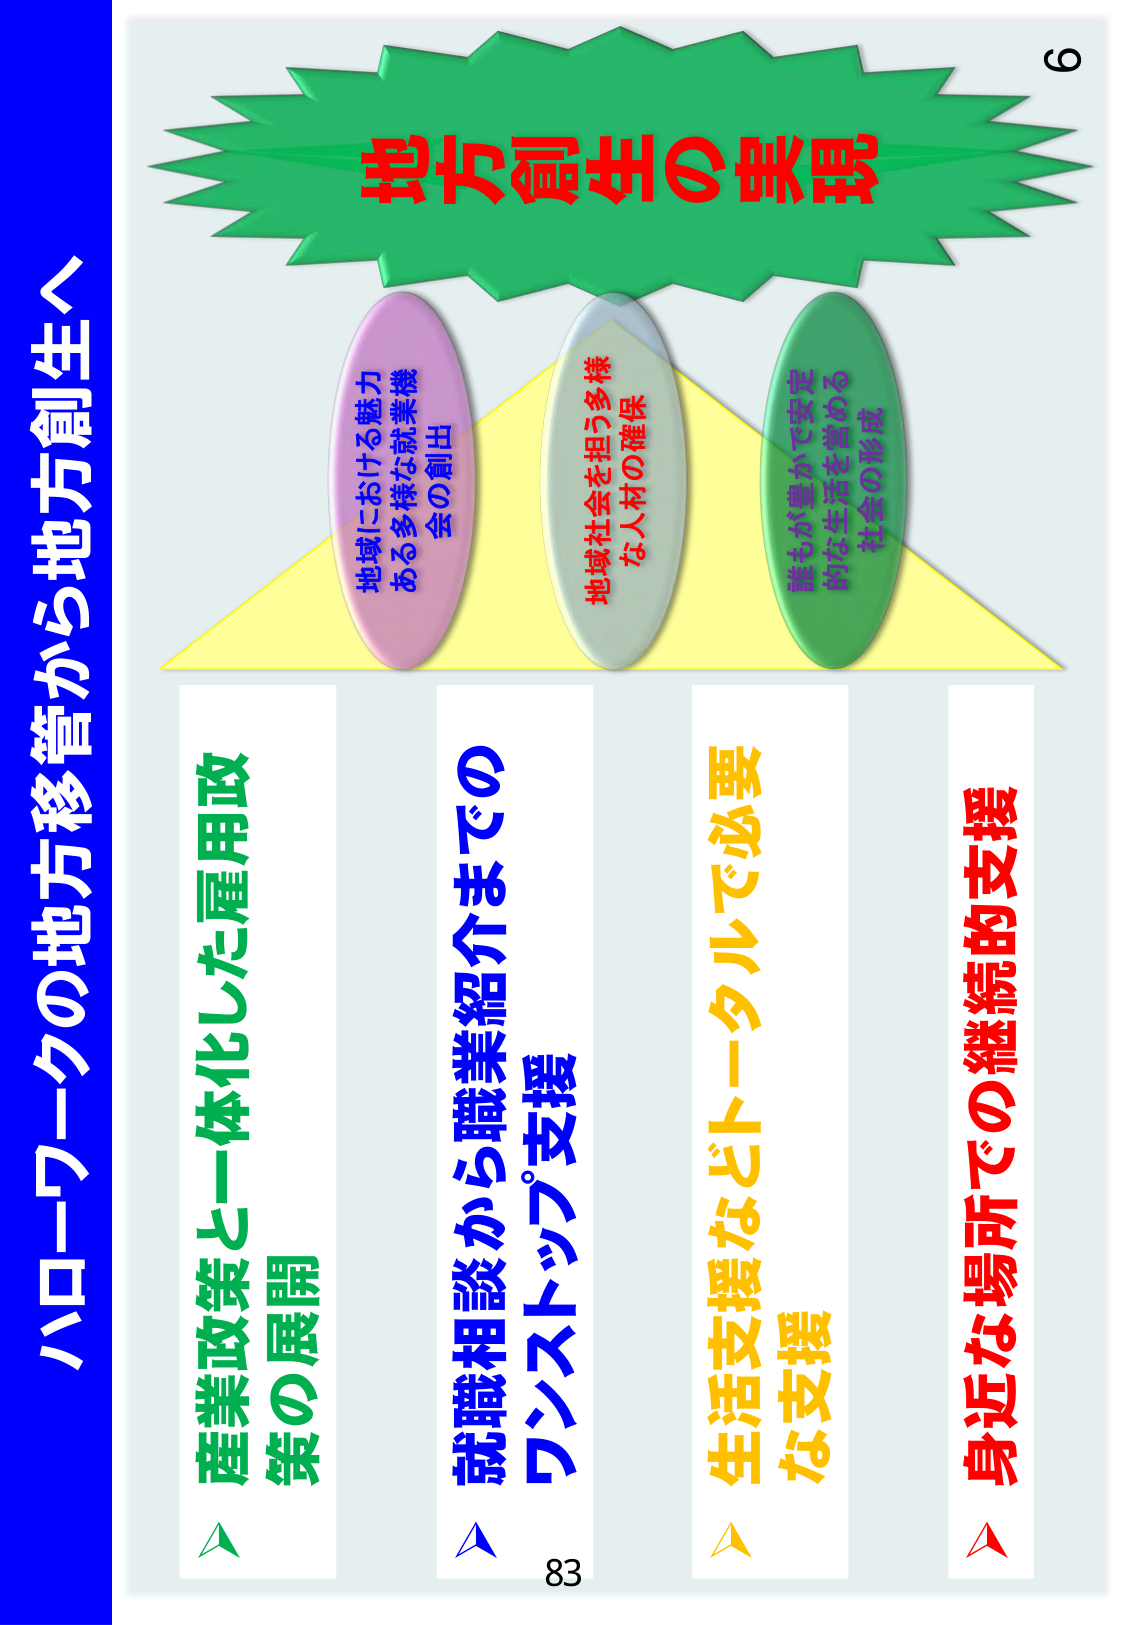
ハローワークの地方移管から地方創生へ
地方創生の実現
地域における魅力
ある多様な就業機
会の創出
地域社会を担う多様
な人材の確保
誰もが豊かで安定
的な生活を営める
社会の形成
産業政策と一体化した雇用政
策の展開
就職相談から職業紹介までの
ワンストップ支援
生活支援などトータルで必要
な支援
身近な場所での継続的支援
83
6